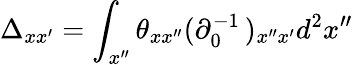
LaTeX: \Delta_{xx^{\prime}}=\int_{x^{\prime\prime}}\theta_{xx^{\prime\prime}}(\partial_{0}^{-1}\, )_{x^{\prime\prime}x^{\prime}}d^{2}x^{\prime\prime}